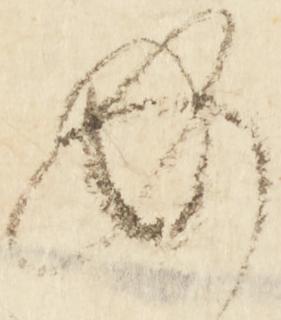
必